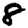
Digit: 8